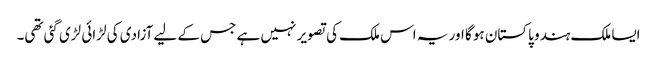
ایسا ملک ہندو پاکستان ہو گا اور یہ اس ملک کی تصویر نہیں ہے جس کے لیے آزادی کی لڑائی لڑی گئی تھی۔